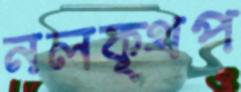
নলক্থপ